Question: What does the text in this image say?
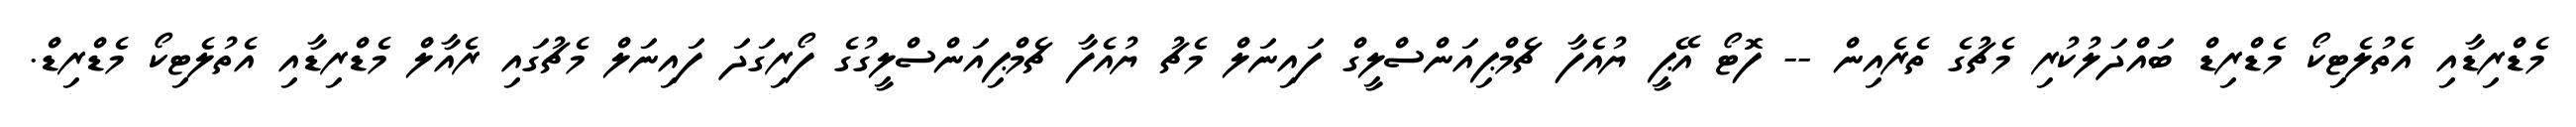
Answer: މެޑްރިޑާއި އެތުލެޓިކޯ މެޑްރިޑް ބައްދަލުކުރި މެޗުގެ ތެރެއިން -- ފޮޓޯ އޭޕީ ޔުއެފާ ޗެމްޕިއަންސްލީގް ފައިނަލް މެޗު ޔުއެފާ ޗެމްޕިއަންސްލީގުގެ ފޯރިގަދަ ފައިނަލް މެޗުގައި ރެއާލް މެޑްރިޑާއި އެތުލެޓިކޯ މެޑްރިޑް.